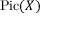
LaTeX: \operatorname { P i c } ( X )